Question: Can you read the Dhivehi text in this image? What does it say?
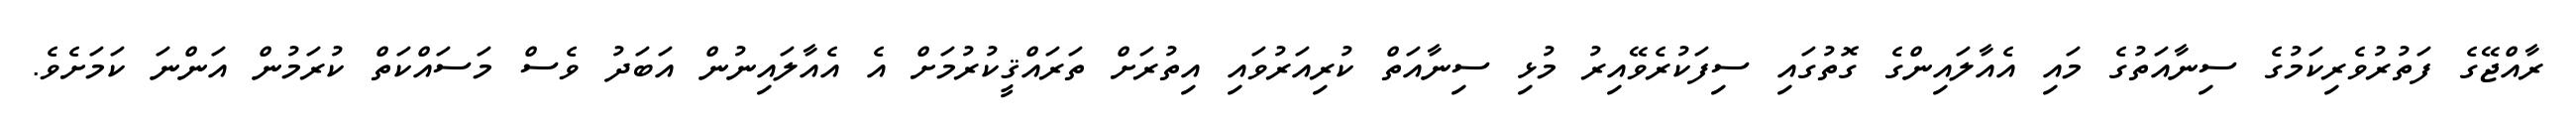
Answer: ރާއްޖޭގެ ފަތުރުވެރިކަމުގެ ސިނާއަތުގެ މައި އެއާލައިންގެ ގޮތުގައި ސިފަކުރެވޭއިރު މުޅި ސިނާއަތް ކުރިއަރުވައި އިތުރަށް ތަރައްޤީކުރުމަށް އެ އެއާލައިނުން އަބަދު ވެސް މަސައްކަތް ކުރަމުން އަންނަ ކަމަށެވެ.